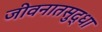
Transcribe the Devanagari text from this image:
जीवनातसुद्धा